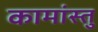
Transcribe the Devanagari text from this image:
कामांस्तु